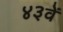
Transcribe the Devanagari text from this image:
४३वें